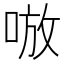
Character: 𰇷